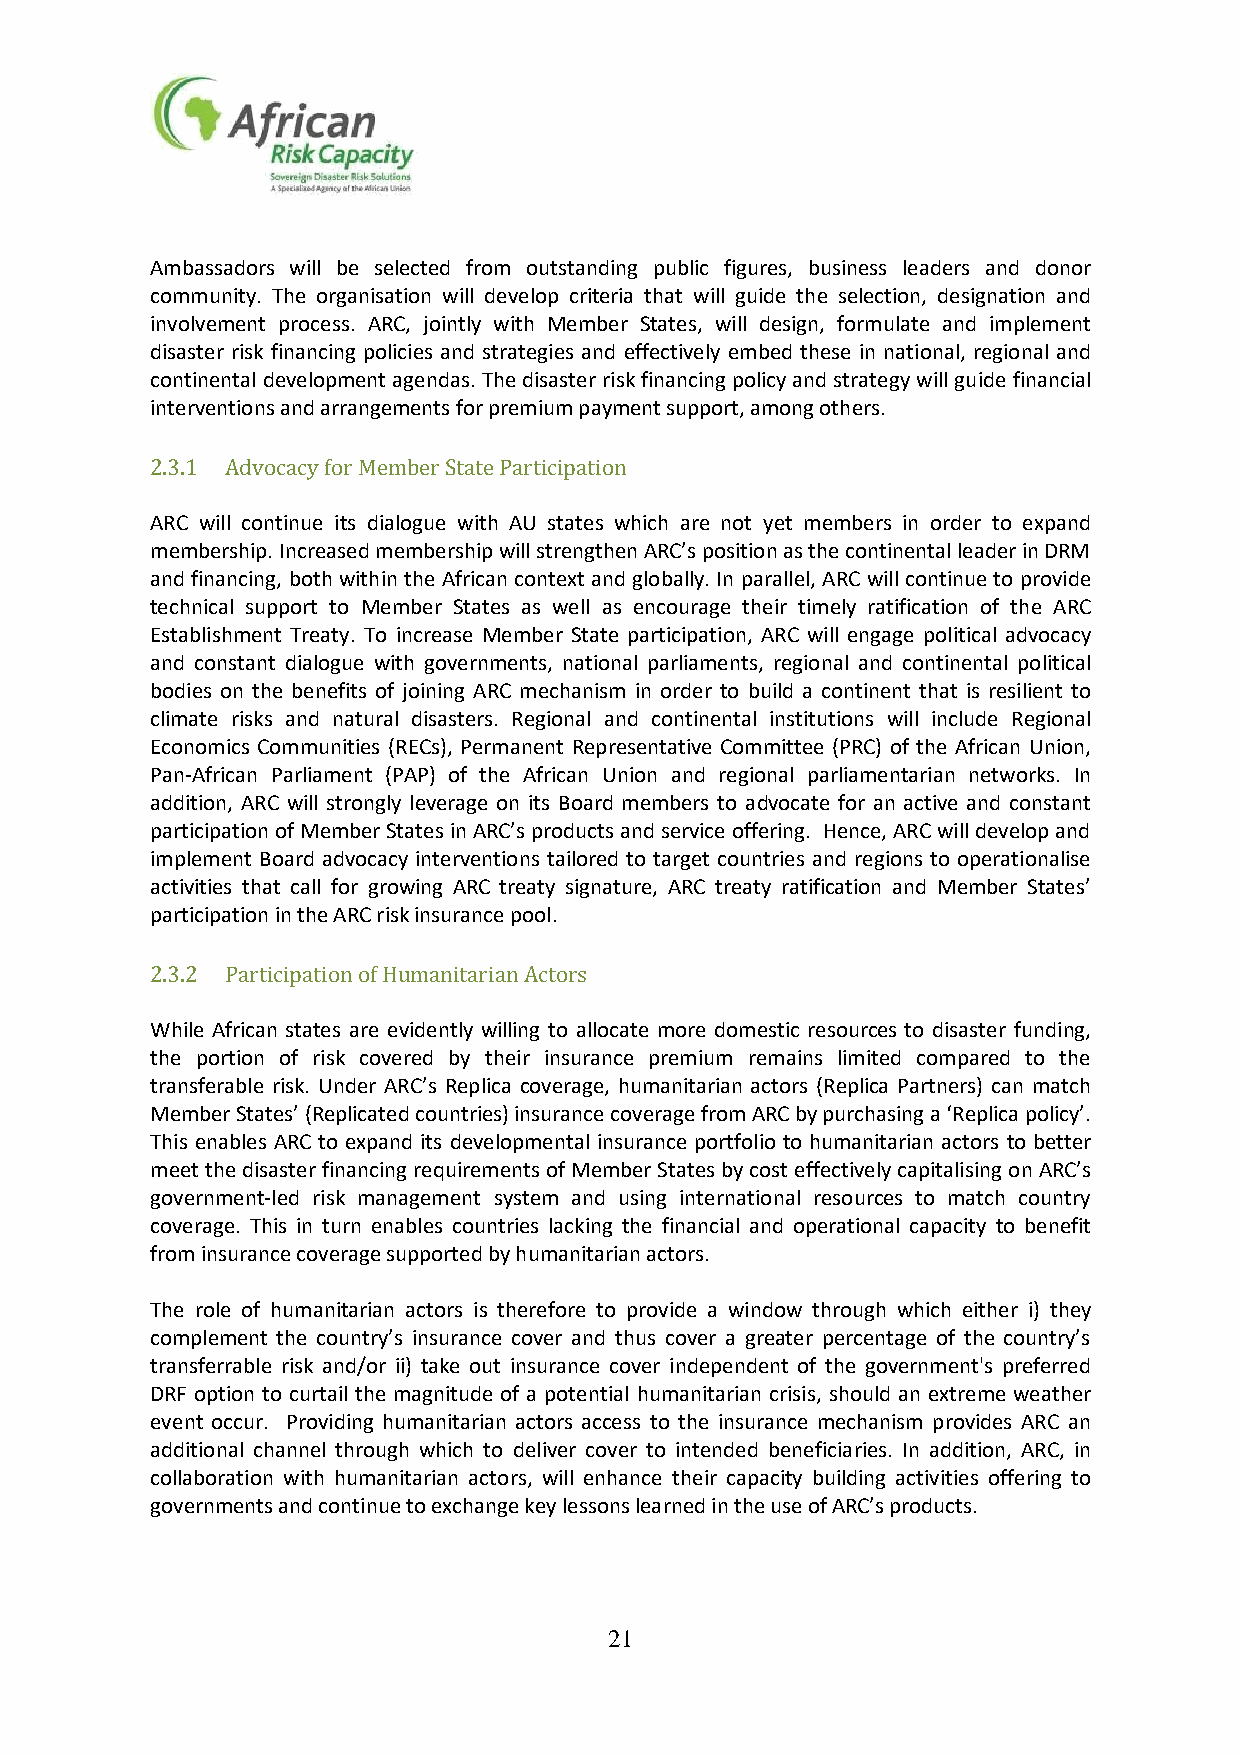
Ambassadors will be selected from outstanding public figures, business leaders and donor
 community. The organisation will develop criteria that will guide the selection, designation and
 involvement process. ARC, jointly with Member States, will design, formulate and implement
 disaster risk financing policies and strategies and effectively embed these in national, regional and
 continental development agendas. The disaster risk financing policy and strategy will guide financial
 interventions and arrangements for premium payment support, among others.
 2.3.1 Advocacy for Member State Participation
 ARC will continue its dialogue with AU states which are not yet members in order to expand
 membership. Increased membership will strengthen ARC’s position as the continental leader in DRM
 and financing, both within the African context and globally. In parallel, ARC will continue to provide
 technical support to Member States as well as encourage their timely ratification of the ARC
 Establishment Treaty. To increase Member State participation, ARC will engage political advocacy
 and constant dialogue with governments, national parliaments, regional and continental political
 bodies on the benefits of joining ARC mechanism in order to build a continent that is resilient to
 climate risks and natural disasters. Regional and continental institutions will include Regional
 Economics Communities (RECs), Permanent Representative Committee (PRC) of the African Union,
 Pan-African Parliament (PAP) of the African Union and regional parliamentarian networks. In
 addition, ARC will strongly leverage on its Board members to advocate for an active and constant
 participation of Member States in ARC’s products and service offering. Hence, ARC will develop and
 implement Board advocacy interventions tailored to target countries and regions to operationalise
 activities that call for growing ARC treaty signature, ARC treaty ratification and Member States’
 participation in the ARC risk insurance pool.
 2.3.2 Participation of Humanitarian Actors
 While African states are evidently willing to allocate more domestic resources to disaster funding,
 the portion of risk covered by their insurance premium remains limited compared to the
 transferable risk. Under ARC’s Replica coverage, humanitarian actors (Replica Partners) can match
 Member States’ (Replicated countries) insurance coverage from ARC by purchasing a ‘Replica policy’.
 This enables ARC to expand its developmental insurance portfolio to humanitarian actors to better
 meet the disaster financing requirements of Member States by cost effectively capitalising on ARC’s
 government-led risk management system and using international resources to match country
 coverage. This in turn enables countries lacking the financial and operational capacity to benefit
 from insurance coverage supported by humanitarian actors.
 The role of humanitarian actors is therefore to provide a window through which either i) they
 complement the country’s insurance cover and thus cover a greater percentage of the country’s
 transferrable risk and/or ii) take out insurance cover independent of the government's preferred
 DRF option to curtail the magnitude of a potential humanitarian crisis, should an extreme weather
 event occur. Providing humanitarian actors access to the insurance mechanism provides ARC an
 additional channel through which to deliver cover to intended beneficiaries. In addition, ARC, in
 collaboration with humanitarian actors, will enhance their capacity building activities offering to
 governments and continue to exchange key lessons learned in the use of ARC’s products.
 21